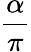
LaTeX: \frac{\alpha}{\pi}